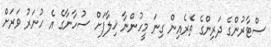
ސްޓާރުންގެ ދަރިންގެ ތެރެއިން ގިނަ މީހުންނާ ޚިލާފަށް ސުހާނާގެ އެ ހުނަރު ވަރަށް